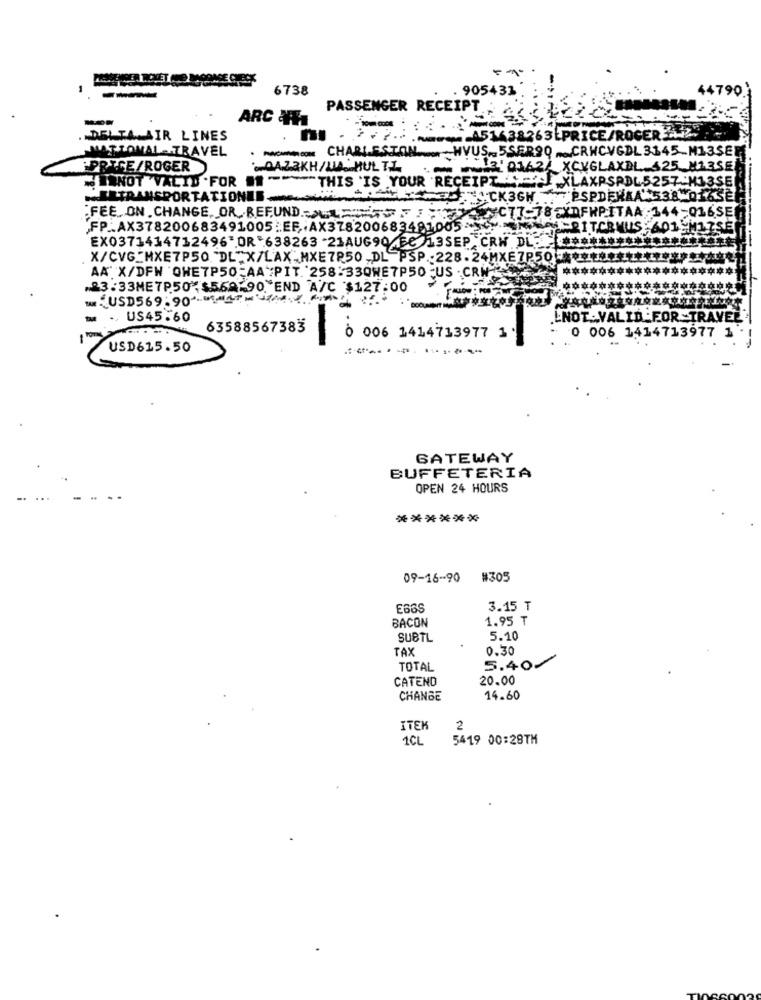
6738
. 905433
44790
PASSENGER RECEIPT
-
ARC AT1
. DELTA AIR LINES
3LPRICE/ROC
MATTOMAL- TRAVEL
MOON CHARLEST
- HVUS .. 5SE
R90
.CRWCVGDL 3
45-
PRICE/ROGER
-QAZ2KH/LILA. HUL TL
12: 0162
WRNOT VALID .FOR -
"THIS IS YOUR RECEIPT
ERTRANSPORTATIONEE
SNACK3GH
PSPDEHA
565
C77-78CXDFWPITAA
"FEE. ON . CHANGE, OR REFUND. LES
-016SE
FP. AX378200683491005 :EF ,, AX378200683481005
RITCRMUS
EX0373414712496'OR'638263 -21AUG904FC 13SEP.CRW DL
X/CVG_MXE7P50 DL"X/LAX_MXE7850 DL PSP 228 . 24MXE7P50
AA" X/DFW QHE7P50-AA PIT.258:33QWE7P50-US.CRW
.23:33MET.507,$569.90 .* END A/C $127.00
USD569.907
"DOOU
- -, US45.60
L.NOT :. VALID :FOR -TRAVEL"
63588567383
0 006 1414713977 1
0 006 1414713977 1
USD615.50
-
GATEWAY
BUFFETERIA
OPEN 24 HOURS
******
09-16-90
#305
E66S
3.15 ₸
BACON
1.95 ₸
SUBTL
5.10
TAX
0.30
TOTAL
5.40.
CATEND
20.00
CHANGE
14.60
ITEK
2
1CL
5419 00:28TM